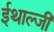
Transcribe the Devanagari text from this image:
ईथाल्जी